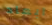
ابعاد